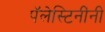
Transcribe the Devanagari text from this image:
पॅलेस्टिनींनी